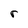
Character: r